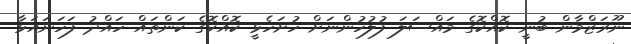
ނޫރަޒްމާން ބުނީ ކޮއްކޮގެ މައްސަލަ ފުލުހުންނަށް ހުށަހެޅީ ކޮއްކޮގެ ކަންތައް ހައްދު ފަހަނައަޅާ